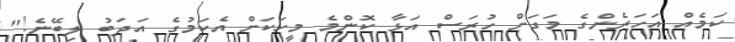
ކަމެއް އަހަރެންގެ މަގަށް ހުރަސް އަޅާ ކޮންމެ މީހަކަށް އެކަމުގެ އަދަބު ލިބޭނެ!"